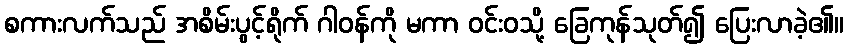
စကားလက်သည် အစိမ်းပွင့်ရိုက် ဂါဝန်ကို မကာ ဝင်းဝသို့ ခြေကုန်သုတ်၍ ပြေးလာခဲ့၏။